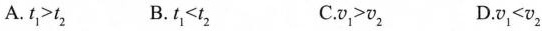
A.$$t _ { 1 } > t _ { 2 }$$ B.$$t _ { 1 } < t _ { 2 }$$ C.$$v _ { 1 } > v _ { 2 }$$ D.$$v _ { 1 } < v _ { 2 }$$